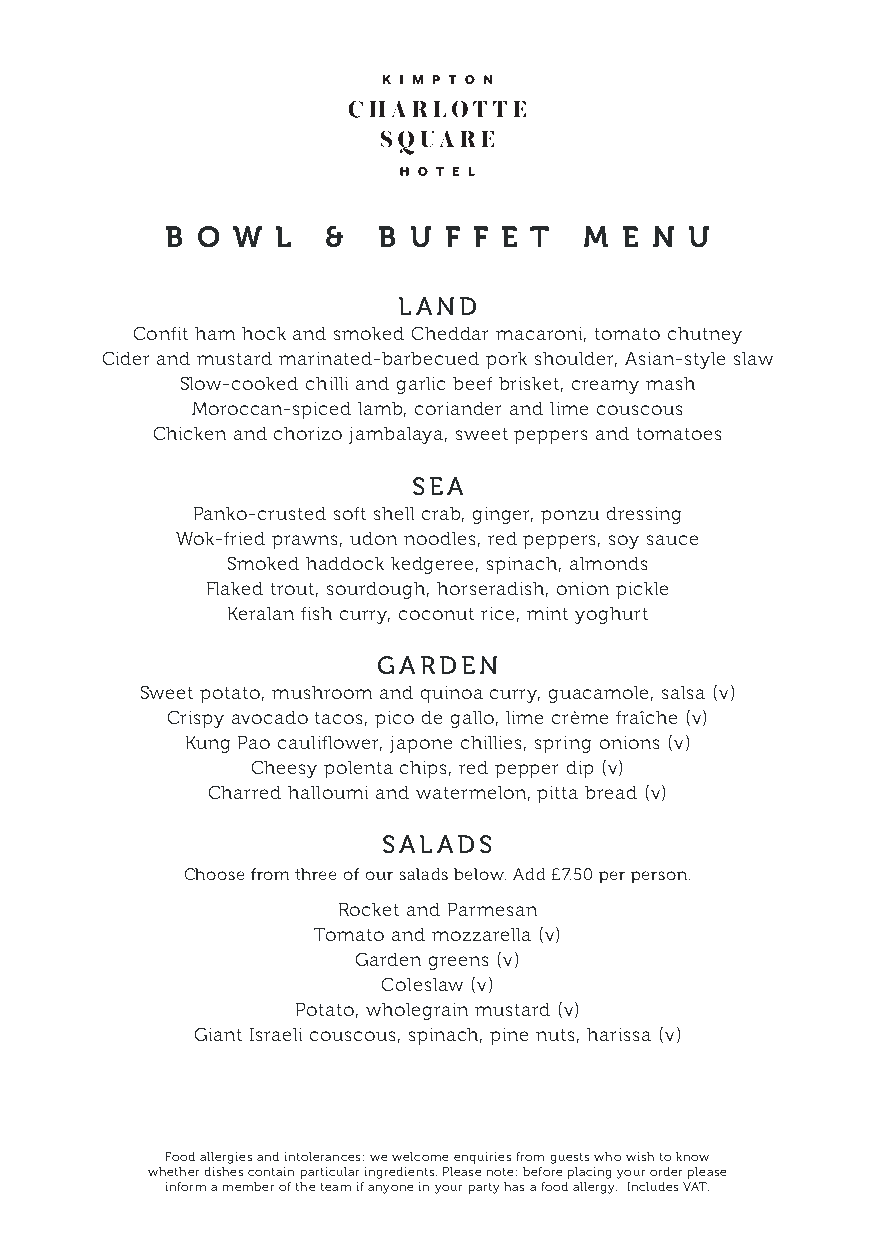
B O W  L   &  B U F F E T   M E N  U
 LAND
 Confit ham hock and smoked Cheddar macaroni, tomato chutney
 Cider and mustard marinated-barbecued pork shoulder, Asian-style slaw
 Slow-cooked chilli and garlic beef brisket, creamy mash
 Moroccan-spiced lamb, coriander and lime couscous
 Chicken and chorizo jambalaya, sweet peppers and tomatoes
 SEA
 Panko-crusted soft shell crab, ginger, ponzu dressing
 Wok-fried prawns, udon noodles, red peppers, soy sauce
 Smoked haddock kedgeree, spinach, almonds
 Flaked trout, sourdough, horseradish, onion pickle
 Keralan fish curry, coconut rice, mint yoghurt
 GARDEN
 Sweet potato, mushroom and quinoa curry, guacamole, salsa (v)
 Crispy avocado tacos, pico de gallo, lime crème fraîche (v)
 Kung Pao cauliflower, japone chillies, spring onions (v)
 Cheesy polenta chips, red pepper dip (v)
 Charred halloumi and watermelon, pitta bread (v)
 SALADS
 Choose from three of our salads below. Add £7.50 per person.
 Rocket and Parmesan
 Tomato and mozzarella (v)
 Garden greens (v)
 Coleslaw (v)
 Potato, wholegrain mustard (v)
 Giant Israeli couscous, spinach, pine nuts, harissa (v)
 Food allergies and intolerances: we welcome enquiries from guests who wish to know
 whether dishes contain particular ingredients. Please note: before placing your order please
 inform a member of the team if anyone in your party has a food allergy. Includes VAT.